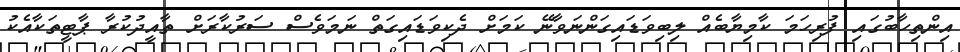
އިންތިހާބުގައި ފުރިހަމަ ކާމިޔާބެއް ލިބިވަޑައިގަންނަވާނޭ ކަމަށް ދެކިވަޑައިގަތް ނަމަވެސް ސަރުކާރަށް ތާއީދުކުރާ ޕާޓީތަކާއެކު